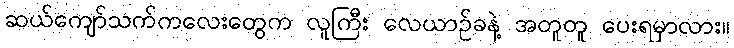
ဆယ်ကျော်သက်ကလေးတွေက လူကြီး လေယာဉ်ခနဲ့ အတူတူ ပေးရမှာလား။